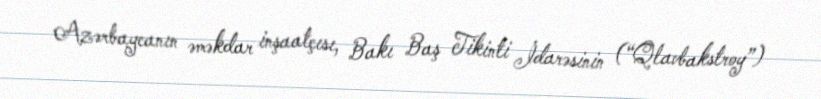
Azərbaycanın əməkdar inşaatçısı, Bakı Baş Tikinti İdarəsinin (“Qlavbakstroy”)